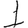
Digit: 1